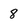
Character: 8